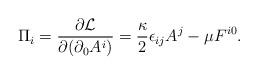
LaTeX: \begin{align*}\Pi_i = \frac{\partial {\cal L}}{\partial (\partial_0A^i)}=\frac{\kappa}{2}\epsilon_{ij} A^j - \mu F^{i0}.\end{align*}